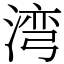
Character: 湾